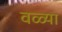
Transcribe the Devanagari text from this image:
वळ्या